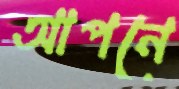
আপনে